Distribution and causation of leprosy in British India
Year: 1875
Disease focus: Leprosy
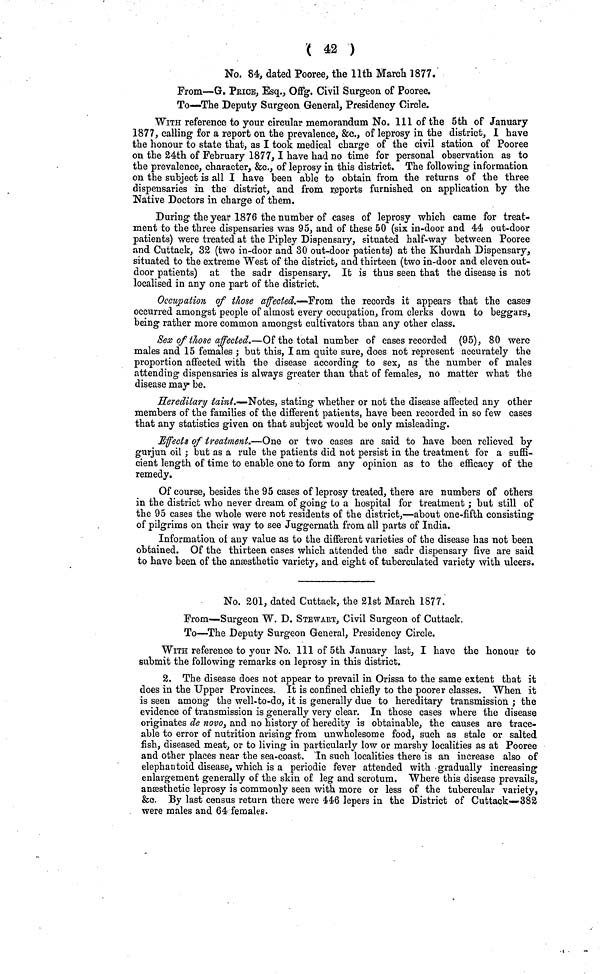
( 42 )
No. 84, dated Pooree, the llth March 1877.
From—G. PrICE, Esq., Offg. Civil Surgeon of Pooree.
To—The Deputy Surgeon General, Presidency Circle.
WITH reference to your circular memorandum No. 111 of the 5th of January
1877, calling for a report on the prevalence, &c., of leprosy in the district, 1 have
the honour to state that, as I took medical charge of the civil station of Pooree
on the 24th of February 1877, I have had no time for personal observation as to
the prevalence, character, &c., of leprosy in this district. The following information
on the subject is all I have been able to obtain from the returns of the three
dispensaries in the district, and from reports furnished on application by the
Native Doctors in charge of them.
During the year 1876 the number of cases of leprosy which came for treat-
ment to the three dispensaries was 95, and of these 50 (six in-door and 44 out-door
patients) were treated at the Pipley Dispensary, situated half-way between Pooree
and Cuttack, 32 (two in-door and 30 out-door patients) at the Khurdah Dispensary,
situated to the extreme West of the district, and thirteen (two in-door and eleven out-
door patients) at the sadr dispensary. It is thus seen that the disease is not
localised in any one part of the district.
Occupation of those affected.—From the records it appears that the cases
occurred amongst people of almost every occupation, from clerks down to beggars,
being rather more common amongst cultivators than any other class.
Sex of those affected.—Of the total number of cases recorded (95), 80 were
males and 15 females ; but this, I am quite sure, does not represent accurately the
proportion affected with the disease according to sex, as the number of males
attending dispensaries is always greater than that of females, no matter what the
disease may be.
Hereditary taint.—Notes, stating whether or not the disease affected any other
members of the families of the different patients, have been recorded in so few cases
that any statistics given on that subject would be only misleading.
Effects of treatment.—One or two cases are said to have been relieved by
gurjun oil ; but as a rule the patients did not persist in the treatment for a suffi-
cient length of time to enable one to form any opinion as to the efficacy of the
remedy.
Of course, besides the 95 cases of leprosy treated, there are numbers of others
in the district who never dream of going to a hospital for treatment ; but still of
the 95 cases the whole were not residents of the district,—about one-fifth consisting
of pilgrims on their way to see Juggernath from all parts of India.
Information of any value as to the different varieties of the disease has not been
obtained. Of the thirteen cases which attended the sadr dispensary five are said
to have been of the anæsthetic variety, and eight of tuberculated variety with ulcers.
No. 201, dated Cuttack, the 21st March 1877.
From—Surgeon W. D. STEWART, Civil Surgeon of Cuttack.
To—The Deputy Surgeon General, Presidency Circle.
WITH reference to your No.111 of 5th January last, I have the honour to
submit the following remarks on leprosy in this district.
2. The disease does not appear to prevail in Orissa to the same extent that it
does in the Upper Provinces. It is confined chiefly to the poorer classes. When it
is seen among the well-to-do, it is generally due to hereditary transmission ; the
evidence of transmission is generally very clear. In those cases where the disease
originates de novo, and no history of heredity is obtainable, the causes are trace-
able to error of nutrition arising from unwholesome food, such as stale or salted
fish, diseased meat, or to living in particularly low or marshy localities as at Pooree
and other places near the sea-coast. In such localities there is an increase also of
elephantoid disease, which is a periodic fever attended with gradually increasing
enlargement generally of the skin of leg and scrotum. Where this disease prevails,
anæsthetic leprosy is commonly seen with more or less of the tubercular variety,
&c. By last census return there were 446 lepers in the District of Cuttack—382
were males and 64 females.